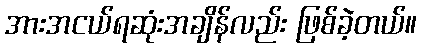
အားအငယ်ရဆုံးအချိန်လည်း ဖြစ်ခဲ့တယ်။